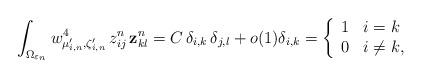
LaTeX: \begin{align*}\int_{\Omega_{\varepsilon_n}}w_{\mu_{i,n}^{\prime},\zeta_{i,n}^{\prime}}^4\,z_{ij}^n\,{\bf z}_{kl}^n=C\,\delta_{i,k}\,\delta_{j,l}+o(1) \delta_{i,k}=\left\{\begin{array}{ll}1 &i=k\\0 &i\neq k,\end{array}\right.\end{align*}